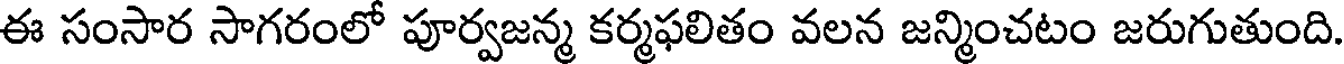
ఈ సంసార సాగరంలో పూర్వజన్మ కర్మఫలితం వలన జన్మించటం జరుగుతుంది.